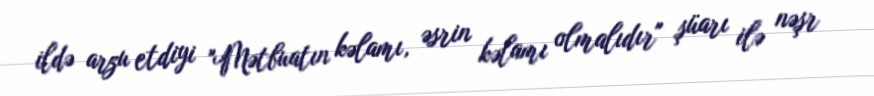
ildə arzu etdiyi "Mətbuatın kəlamı, əsrin kəlamı olmalıdır" şüarı ilə nəşr